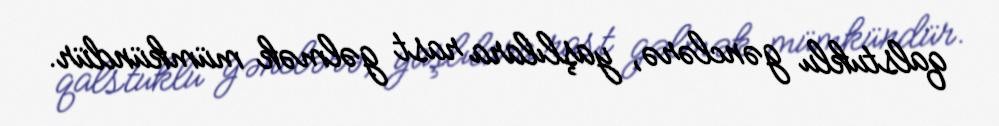
qalstuklu gənclərə, yaşlılara rast gəlmək mümkündür.